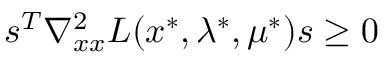
s ^ { T } \nabla _ { x x } ^ { 2 } L ( x ^ { * } , \lambda ^ { * } , \mu ^ { * } ) s \geq 0